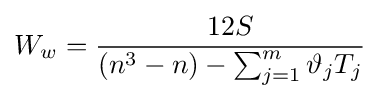
W_{w}={\frac {12S}{(n^{3}-n)-\sum _{j=1}^{m}\vartheta _{j}T_{j}}}